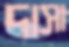
দাসা